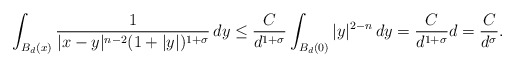
\begin{align*}\int_{B_d(x)}\frac{1}{|x-y|^{n-2}(1+|y|)^{1+\sigma}}\, dy\leq \frac{C}{d^{1+\sigma}}\int_{B_d(0)}|y|^{2-n}\, dy= \frac{C}{d^{1+\sigma}}d=\frac{C}{d^\sigma}.\end{align*}